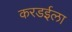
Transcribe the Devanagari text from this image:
करडईला